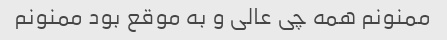
ممنونم همه چی عالی و به موقع بود ممنونم